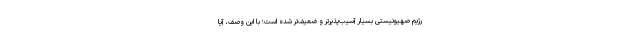
رژیم صهیونیستی بسیار آسیب‌پذیرتر و ضعیف‌تر شده است؛ با این وصف، آیا